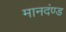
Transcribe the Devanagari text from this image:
मानदंण्ड